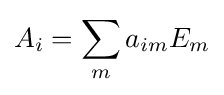
\displaystyle A_{i}=\sum _{m}a_{im}E_{m}